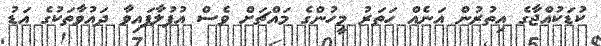
ކުޑަކުއްޖާގެ އިތުރުން އަނެއް ހަތަރު މީހުންގެ މައްޗަށް ވެސް އުފުލާފައިވާ ދައުވާތަކުގެ އަޑު